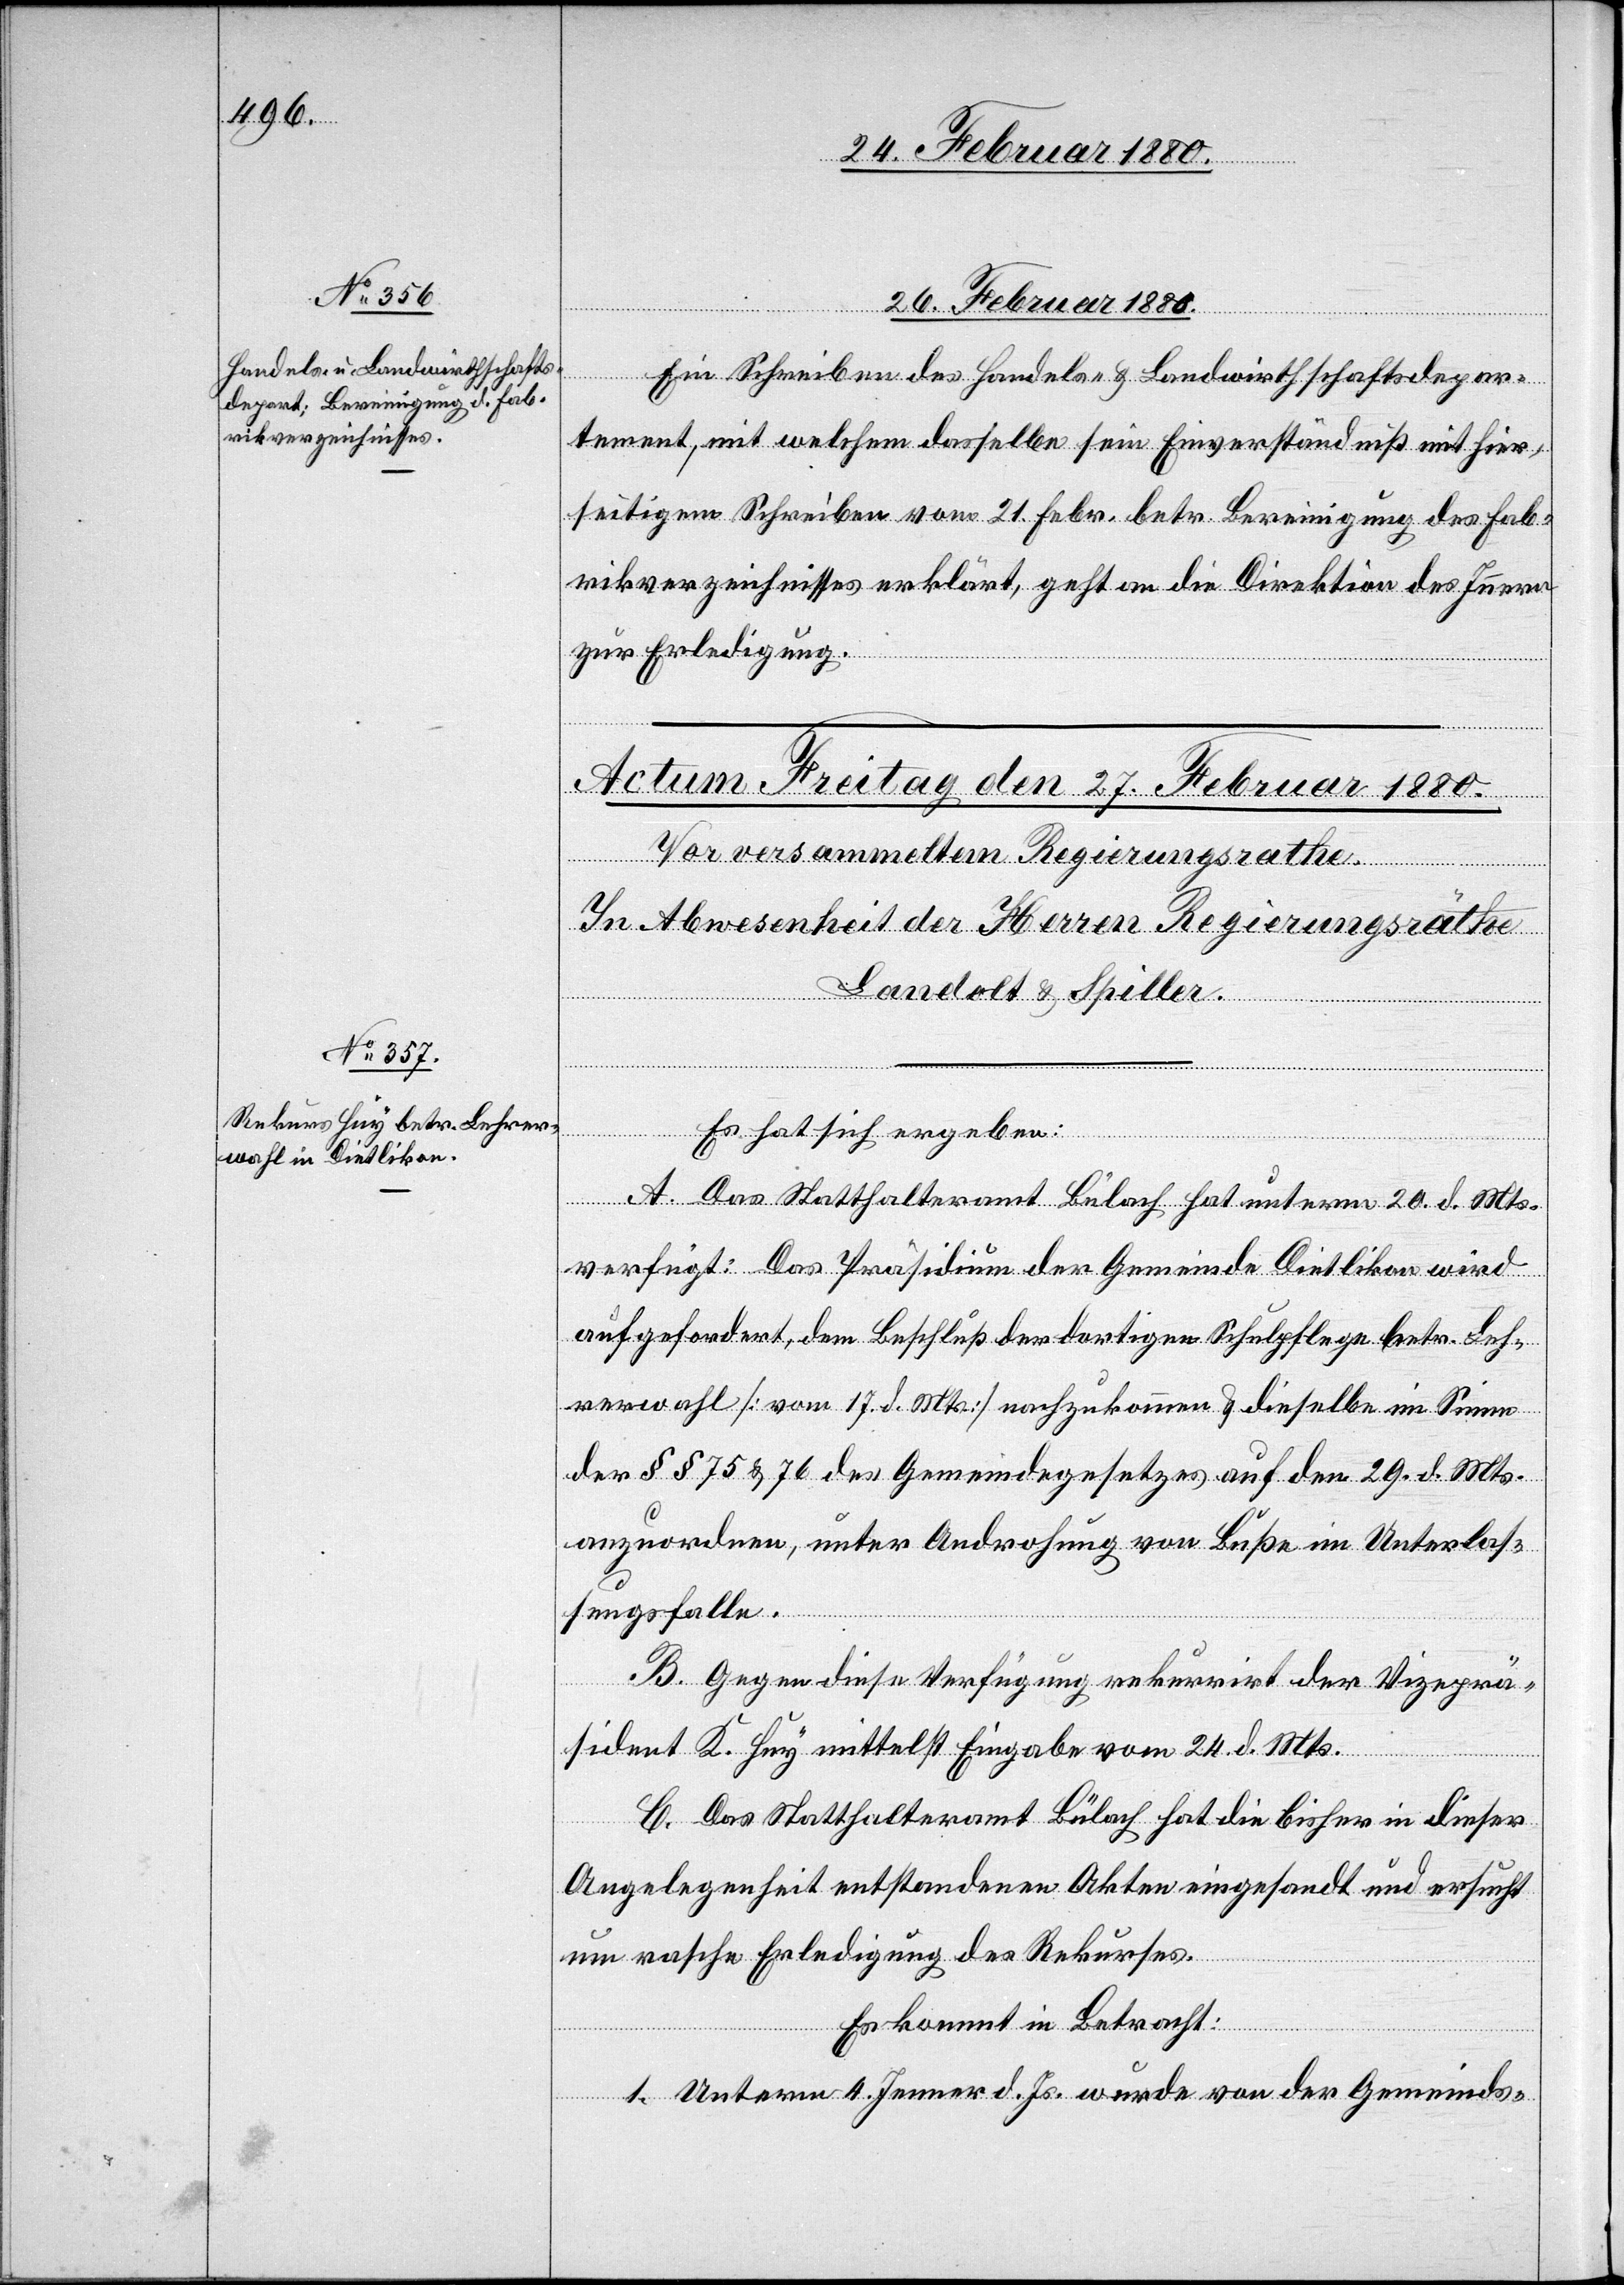
26. Februar 1880.
Ein Schreiben des Handels- & Landwirthschaftsdepar¬
tement, mit welchem dasselbe sein Einverständniß mit hier¬
seitigem Schreiben vom 21. Febr. betr. Bereinigung des Fab¬
rikverzeichnisses erklärt, geht an die Direktion des Innern
zur Erledigung.
Es hat sich ergeben:
A. Das Statthalteramt Bülach hat unterm 20. d. Mts.
verfügt: Das Präsidium der Gemeinde Dietlikon wird
aufgefordert, dem Beschluß der dortigen Schulpflege betr. Leh¬
rerwahl [vom 17. d. Mts.] nachzukommen & dieselbe im Sinne
der §§ 75 & 76 des Gemeindegesetzes auf den 29. d. Mts.
anzuordnen, unter Androhung von Buße im Unterlas¬
sungsfalle.
B. Gegen diese Verfügung rekurrirt der Vizeprä¬
sident K. Huy mittelst Eingabe vom 24. d. Mts.
C. Das Statthalteramt Bülach hat die bisher in dieser
Angelegenheit entstandenen Akten eingesandt und ersucht
um rasche Erledigung des Rekurses.
Es kommt in Betracht:
1. Unterm 4. Jenner d. Js. wurde von der Gemeinds-